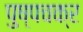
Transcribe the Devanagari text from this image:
पुष्पचक्र